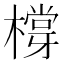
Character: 橕